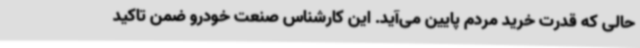
حالی که قدرت خرید مردم پایین می‌آید. این کارشناس صنعت خودرو ضمن تاکید